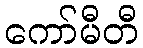
ကော်မီတီ